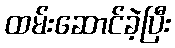
ထမ်းဆောင်ခဲ့ပြီး